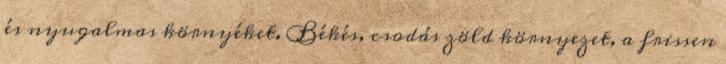
és nyugalmas környéket. Békés, csodás zöld környezet, a frissen